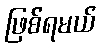
ဖြစ်ရမယ်